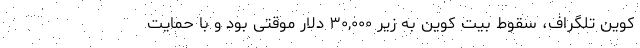
کوین تلگراف، سقوط بیت کوین به زیر ۳۰,۰۰۰ دلار موقتی بود و با حمایت